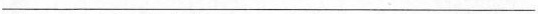
___